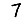
Digit: 7